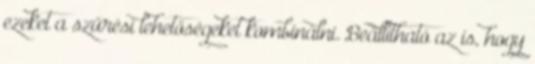
ezeket a szűrési lehetőségeket kombinálni. Beállítható az is, hogy